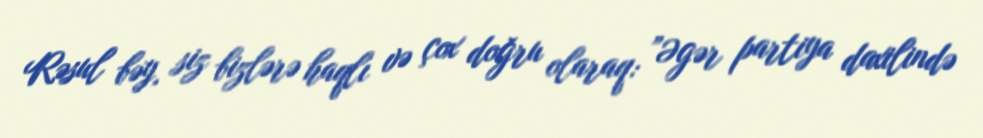
Rəsul bəy, siz bizlərə haqlı və çox doğru olaraq: ”Əgər partiya daxilində